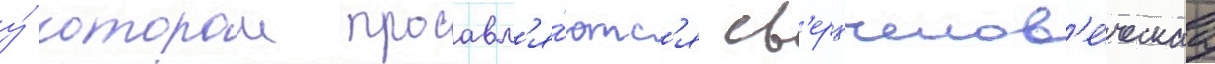
у́ которои проавл'я́ютс'я св'ерхчелов'е́ческаа